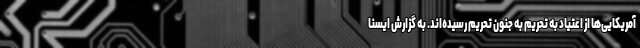
آمریکایی‌ها از اعتیاد به تحریم به جنون تحریم رسیده‌اند. به گزارش ایسنا